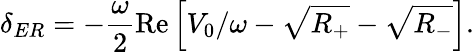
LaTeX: \delta_{ER}=-\frac{\omega}{2}\mathrm{Re}\left[V_{0}/\omega-\sqrt{R_{+}}-\sqrt{R_{-}}\right].